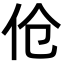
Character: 伧